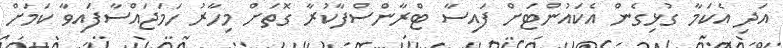
އަދި އެކަމާ ގުޅިގެން އެކައުންޓަށް ފައިސާ ޓްރާންސްފާކުރާ ގޮތަށް މިހާރު ހަމަޖައްސާފައިވާ ކަމަށް